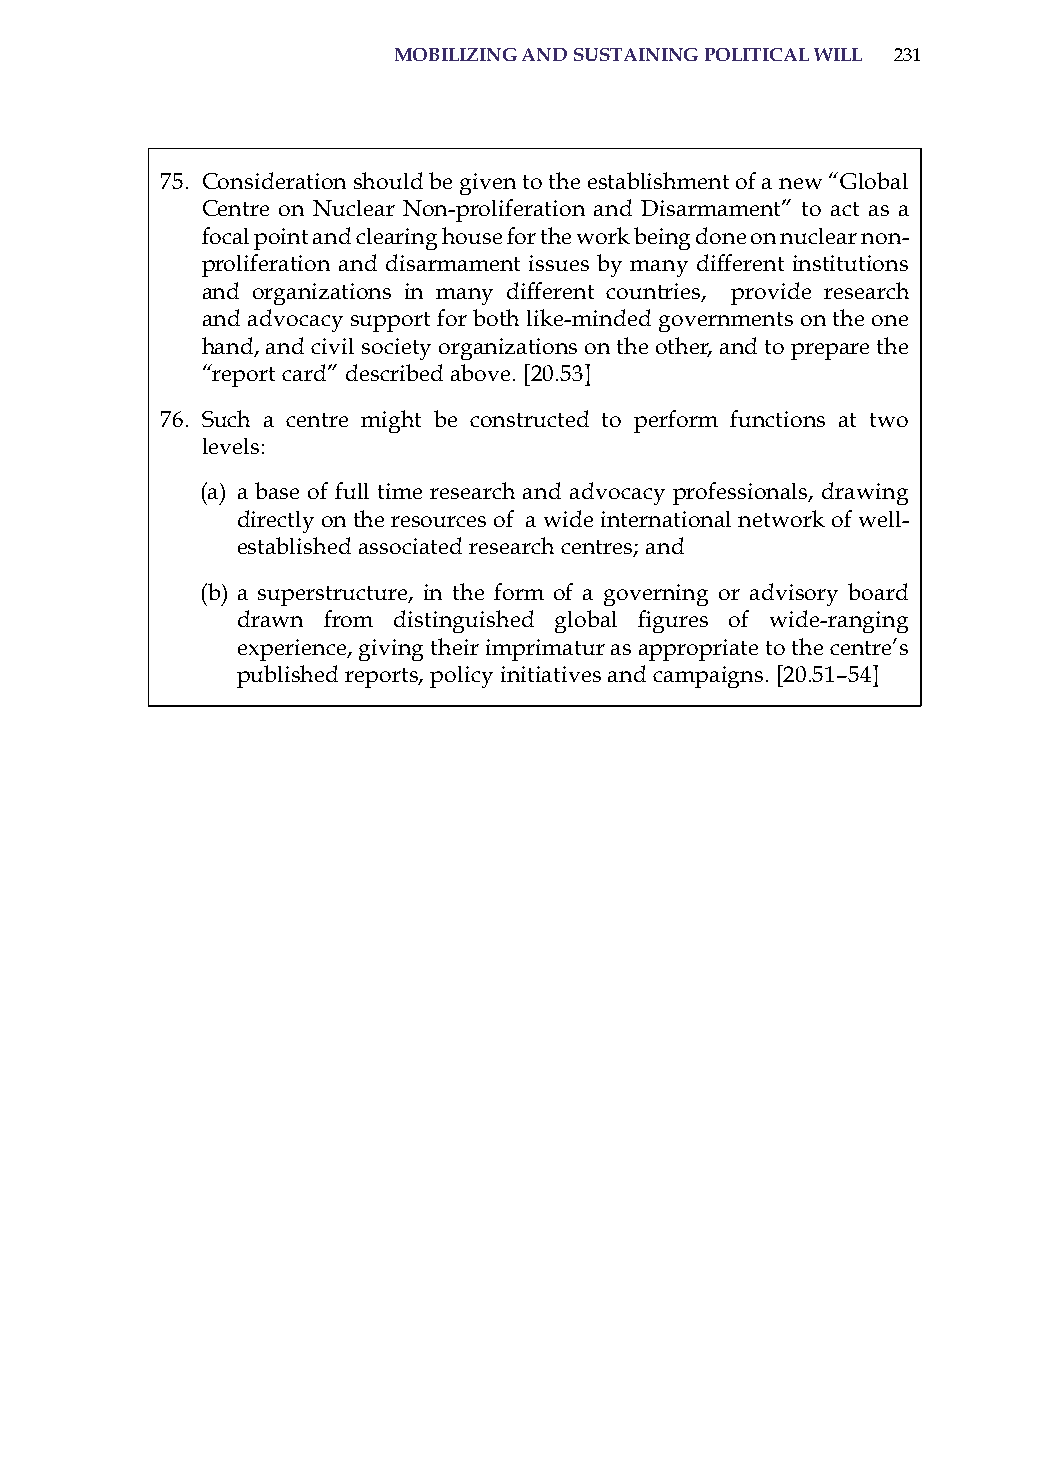
moBilizinG and sustaininG Political will 231
 75. Consideration should be given to the establishment of a new “Global
 Centre on Nuclear Non-proliferation and Disarmament” to act as a
 focal point and clearing house for the work being done on nuclear non-
 proliferation and disarmament issues by many different institutions
 and organizations in many different countries, provide research
 and advocacy support for both like-minded governments on the one
 hand, and civil society organizations on the other, and to prepare the
 “report card” described above. [20.53]
 76. such a centre might be constructed to perform functions at two
 levels:
 (a) a base of full time research and advocacy professionals, drawing
 directly on the resources of a wide international network of well-
 established associated research centres; and
 (b) a superstructure, in the form of a governing or advisory board
 drawn from distinguished global figures of wide-ranging
 experience, giving their imprimatur as appropriate to the centre’s
 published reports, policy initiatives and campaigns. [20.51–54]